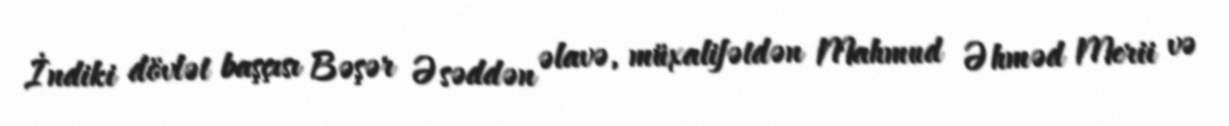
İndiki dövlət başçısı Bəşər Əsəddən əlavə, müxalifətdən Mahmud Əhməd Merii və